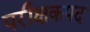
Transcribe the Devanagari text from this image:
परीक्षकपद